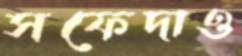
সফেদাও